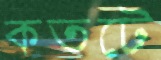
কতটে